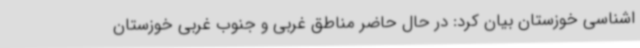
اشناسی خوزستان بیان کرد: در حال حاضر مناطق غربی و جنوب غربی خوزستان